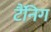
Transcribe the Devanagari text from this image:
टैंनिग